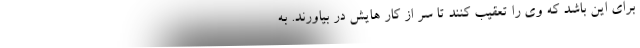
برای این باشد که وی را تعقیب کنند تا سر از کار هایش در بیاورند. به